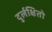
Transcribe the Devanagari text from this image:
दुर्लक्षितो